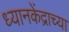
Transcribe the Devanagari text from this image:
ध्यानकेंद्राच्या